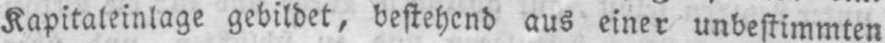
Kapitaleinlage gebildet, bestehend aus einer unbestimmten